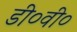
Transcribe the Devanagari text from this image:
डी०वी०